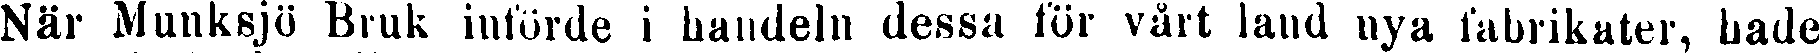
När Munksjö Bruk införde i handeln dessa för vårt land nya fabrikater, hade